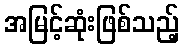
အမြင့်ဆုံးဖြစ်သည့်